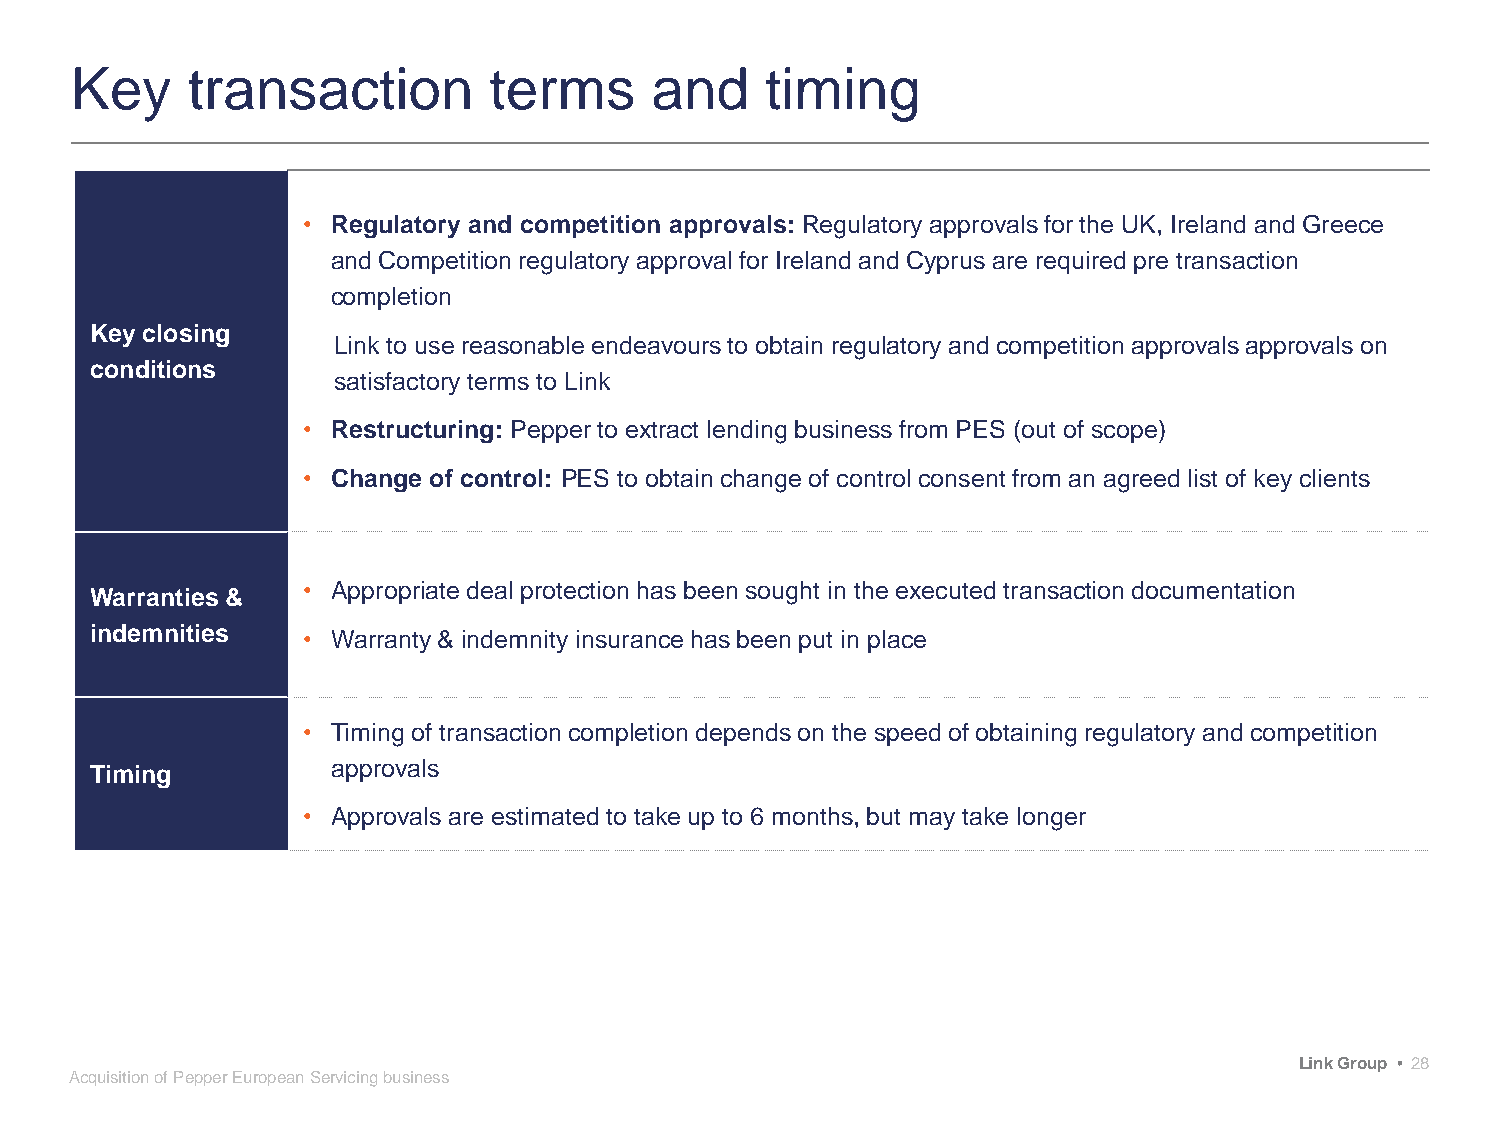
Key    transaction         terms      and     timing
 • Regulatory and competition approvals: Regulatory approvals for the UK, Ireland and Greece
 and Competition regulatory approval for Ireland and Cyprus are required pre transaction
 completion
 Key closing
 Link to use reasonable endeavours to obtain regulatory and competition approvals approvals on
 conditions
 satisfactory terms to Link
 • Restructuring: Pepper to extract lending business from PES (out of scope)
 • Change of control: PES to obtain change of control consent from an agreed list of key clients
 Warranties &  • Appropriate deal protection has been sought in the executed transaction documentation
 indemnities   • Warranty & indemnity insurance has been put in place
 • Timing of transaction completion depends on the speed of obtaining regulatory and competition
 Timing          approvals
 • Approvals are estimated to take up to 6 months, but may take longer
 Link Group • 28
 Acquisition of Pepper European Servicing business